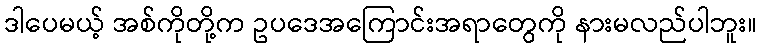
ဒါပေမယ့် အစ်ကိုတို့က ဥပဒေအကြောင်းအရာတွေကို နားမလည်ပါဘူး။